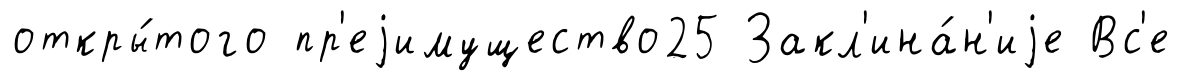
откры́того пр'еjимущество25 Закл'ина́н'иjе Вс'е